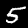
Digit: 5